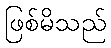
ဖြစ်မိသည်